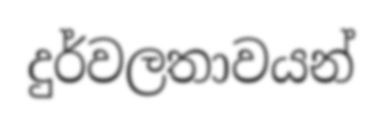
දුර්වලතාවයන්